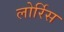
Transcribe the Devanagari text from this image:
लोर्रिस